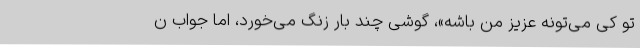
تو کی می‌تونه عزیز من باشه»، گوشی چند بار زنگ می‌خورد، اما جواب ن